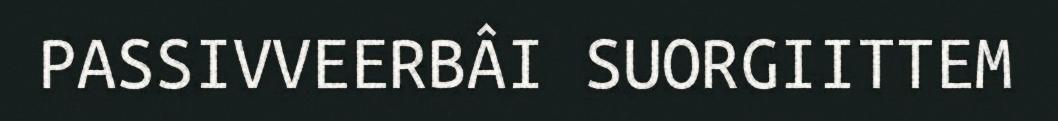
PASSIVVEERBÂI SUORGIITTEM